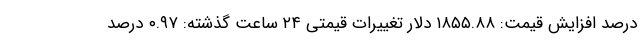
درصد افزایش قیمت: ۱۸۵۵.۸۸ دلار تغییرات قیمتی ۲۴ ساعت گذشته: ۰.۹۷ درصد